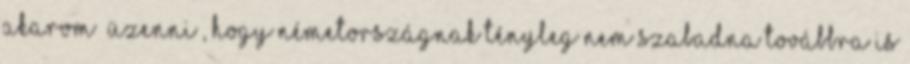
akarom „üzenni”, hogy Németországnak tényleg nem szabadna továbbra is